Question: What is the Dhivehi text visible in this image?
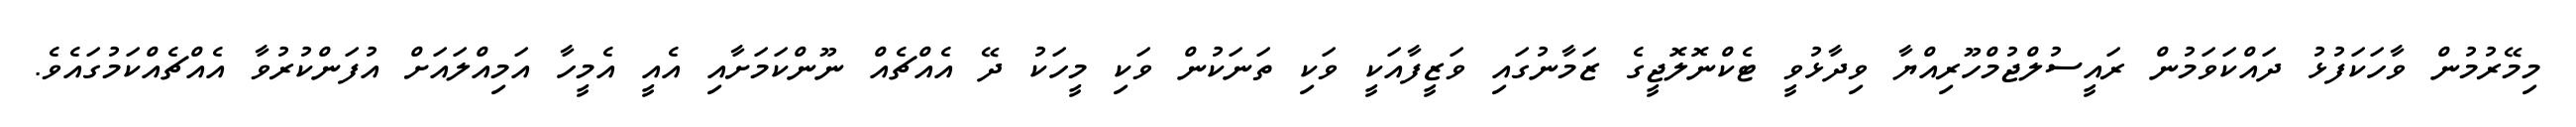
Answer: މިމޭރުމުން ވާހަކަފުޅު ދައްކަވަމުން ރައީސުލްޖުމްހޫރިއްޔާ ވިދާޅުވީ ޓެކްނޮލޮޖީގެ ޒަމާނުގައި ވަޒީފާއަކީ ވަކި ތަނަކުން ވަކި މީހަކު ދޭ އެއްޗެއް ނޫންކަމަށާއި އެއީ އެމީހާ އަމިއްލައަށް އުފަންކުރުވާ އެއްޗެއްކަމުގައެވެ.